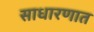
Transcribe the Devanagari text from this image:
साधारणात